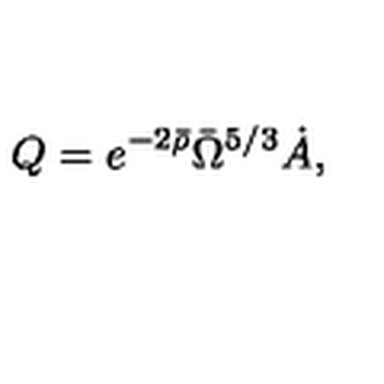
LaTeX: Q = e ^ { - 2 \bar { \rho } } \bar { \Omega } ^ { 5 / 3 } \dot { A } ,